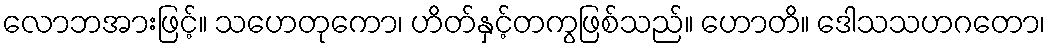
လောဘအားဖြင့်။ သဟေတုကော၊ ဟိတ်နှင့်တကွဖြစ်သည်။ ဟောတိ။ ဒေါသသဟဂတော၊